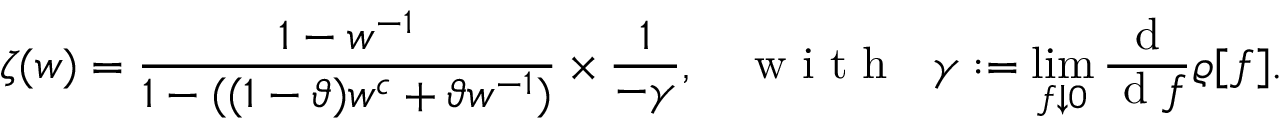
\zeta ( w ) = \frac { 1 - w ^ { - 1 } } { 1 - ( ( 1 - \vartheta ) w ^ { c } + \vartheta w ^ { - 1 } ) } \times \frac { 1 } { - \gamma } , \: \: \: \: \mathrm { ~ w ~ i ~ t ~ h ~ } \: \: \: \gamma : = \operatorname* { l i m } _ { f \downarrow 0 } \frac { \mathrm { ~ d ~ } } { \mathrm { ~ d ~ } f } \varrho [ f ] .